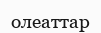
олеаттар